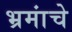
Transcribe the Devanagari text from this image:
भ्रमांचे